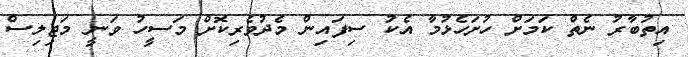
އިތުބާރު ނެތް ކަމަށް ހުށަހެޅުމާ އެކު ސިފައިން މެދުވެރިކޮށް މަސީހު ވަނީ މަޖިލިސް